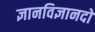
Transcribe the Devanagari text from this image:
ज्ञानविज्ञानदो